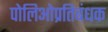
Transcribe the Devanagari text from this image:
पोलिओप्रतिबंधक